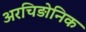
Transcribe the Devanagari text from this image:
अरचिड़ोनिक